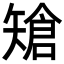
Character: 𥏲